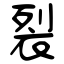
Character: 裂